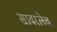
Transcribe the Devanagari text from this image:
सावरलेच